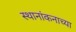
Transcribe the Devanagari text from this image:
स्थानांकनाच्या